Civil Veterinary Dept. North-West Frontier Province 1933-46 - 1933-1946
Year: 1933
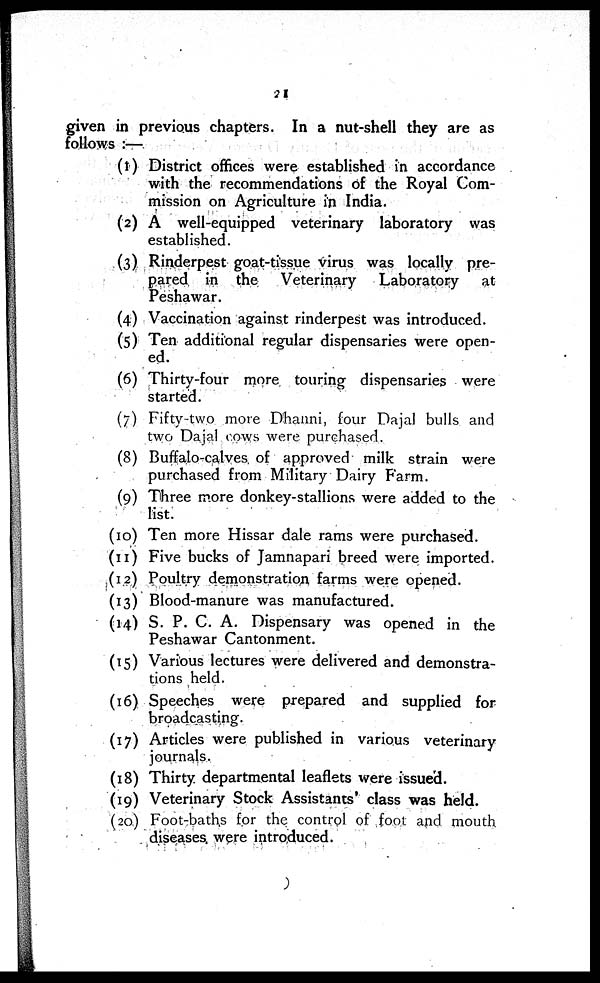
21
given in previous chapters. In a nut-shell they are as
follows :—
(1) District offices were established in accordance
with the recommendations of the Royal Com-
mission on Agriculture in India.
(2) A well-equipped veterinary laboratory was
established.
(3) Rinderpest goat-tissue virus was locally pre-
pared in the
Veterinary
Laboratory
at
Peshawar.
(4) Vaccination against rinderpest was introduced.
(5) Ten additional regular dispensaries were open-
ed.
(6) Thirty-four more touring dispensaries were
started.
(7) Fifty-two more Dhanni, four Dajal bulls and
two Dajal cows were purchased.
(8) Buffalo-calves of approved milk strain were
purchased from Military Dairy Farm.
(9) Three more donkey-stallions were added to the
list.
(10) Ten more Hissar dale rams were purchased.
(11) Five bucks of Jamnapari breed were imported.
(12) Poultry demonstration farms were opened.
(13) Blood-manure was manufactured.
(14) S. P. C. A. Dispensary was opened in the
Peshawar Cantonment.
(15) Various lectures were delivered and demonstra-
tions held.
(16) Speeches were prepared and supplied for
broadcasting.
(17) Articles were published in various veterinary
journals.
(18) Thirty departmental leaflets were issued.
(19) Veterinary Stock Assistants' class was held.
(20) Foot-baths for the control of foot and mouth
diseases were introduced.